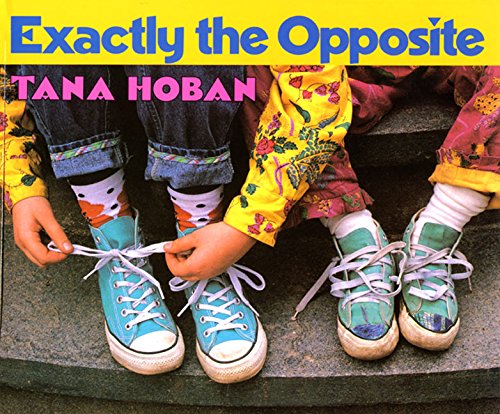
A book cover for Exactly the Opposite; Tana Hoban; Children's Books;